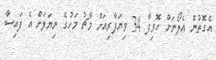
އެގޮތުން އެލޯނަށް ހޮވިފާ 34 ވިޔަފާރިއަށް މާޗު މަހުގެ ނިޔަލަށް އެ ފައިސާ